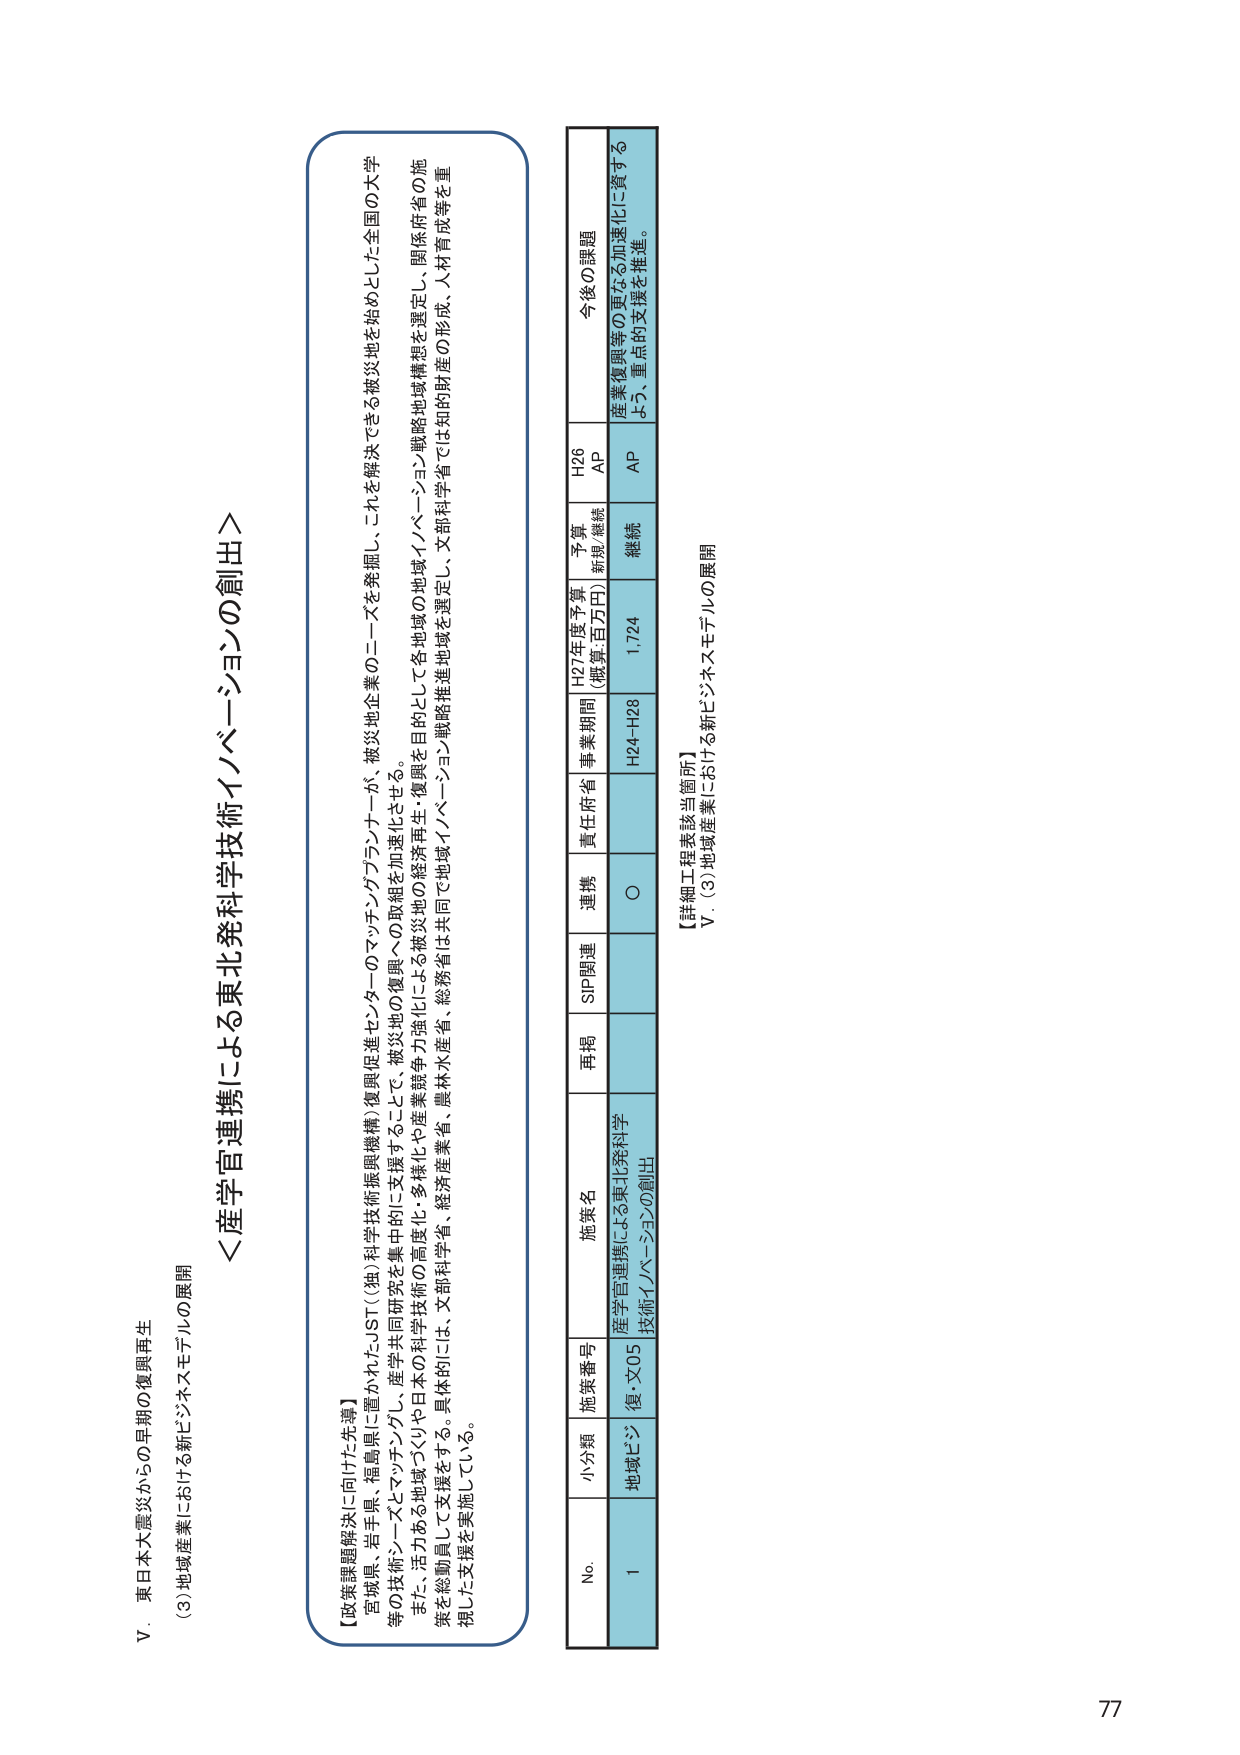
V．東日本大震災からの早期の復興再生
(3)地域産業における新ビジネスモデルの展開

＜産学官連携による東北発科学技術イノベーションの創出＞

【政策課題解決に向けた先導】
宮城県、岩手県、福島県に置かれたJST（(独)科学技術振興機構）復興促進センターのマッチングプランナーが、被災地企業のニーズを発掘し、これを解決できる被災地を始めとした全国の大学等の技術シーズとマッチングし、産学共同研究を集中的に支援することで、被災地の復興への取組を加速化させる。
また、活力ある地域づくりや日本の科学技術の高度化・多様化や産業競争力強化による被災地の経済再生・復興を目的として各地域の地域イノベーション戦略地域構想を選定し、関係府省の施策を総動員して支援をする。具体的には、経済産業省、農林水産省、文部科学省、総務省は共同で地域イノベーション戦略推進地域を選定し、文部科学省では知的財産の形成、人材育成等を重視した支援を実施している。

No. 小分類 施策番号 施策名 再掲 SIP関連 連携 責任府省 事業期間 H27年度予算 (概算:百万円) 予算 新規/継続 H26 AP 今後の課題
1 地域ビジョン 復・文05 産学官連携による東北発科学技術イノベーションの創出 ○ H24-H28 1,724 継続 AP 産業復興等の更なる加速化に資するよう、重点的支援を推進。

【詳細工程表該当箇所】
V (3)地域産業における新ビジネスモデルの展開

77